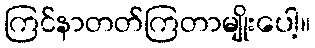
ကြင်နာတတ်ကြတာမျိုးပေါ့။